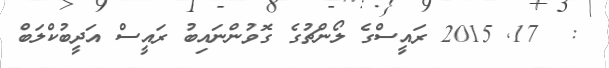
:  17